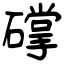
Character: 礃